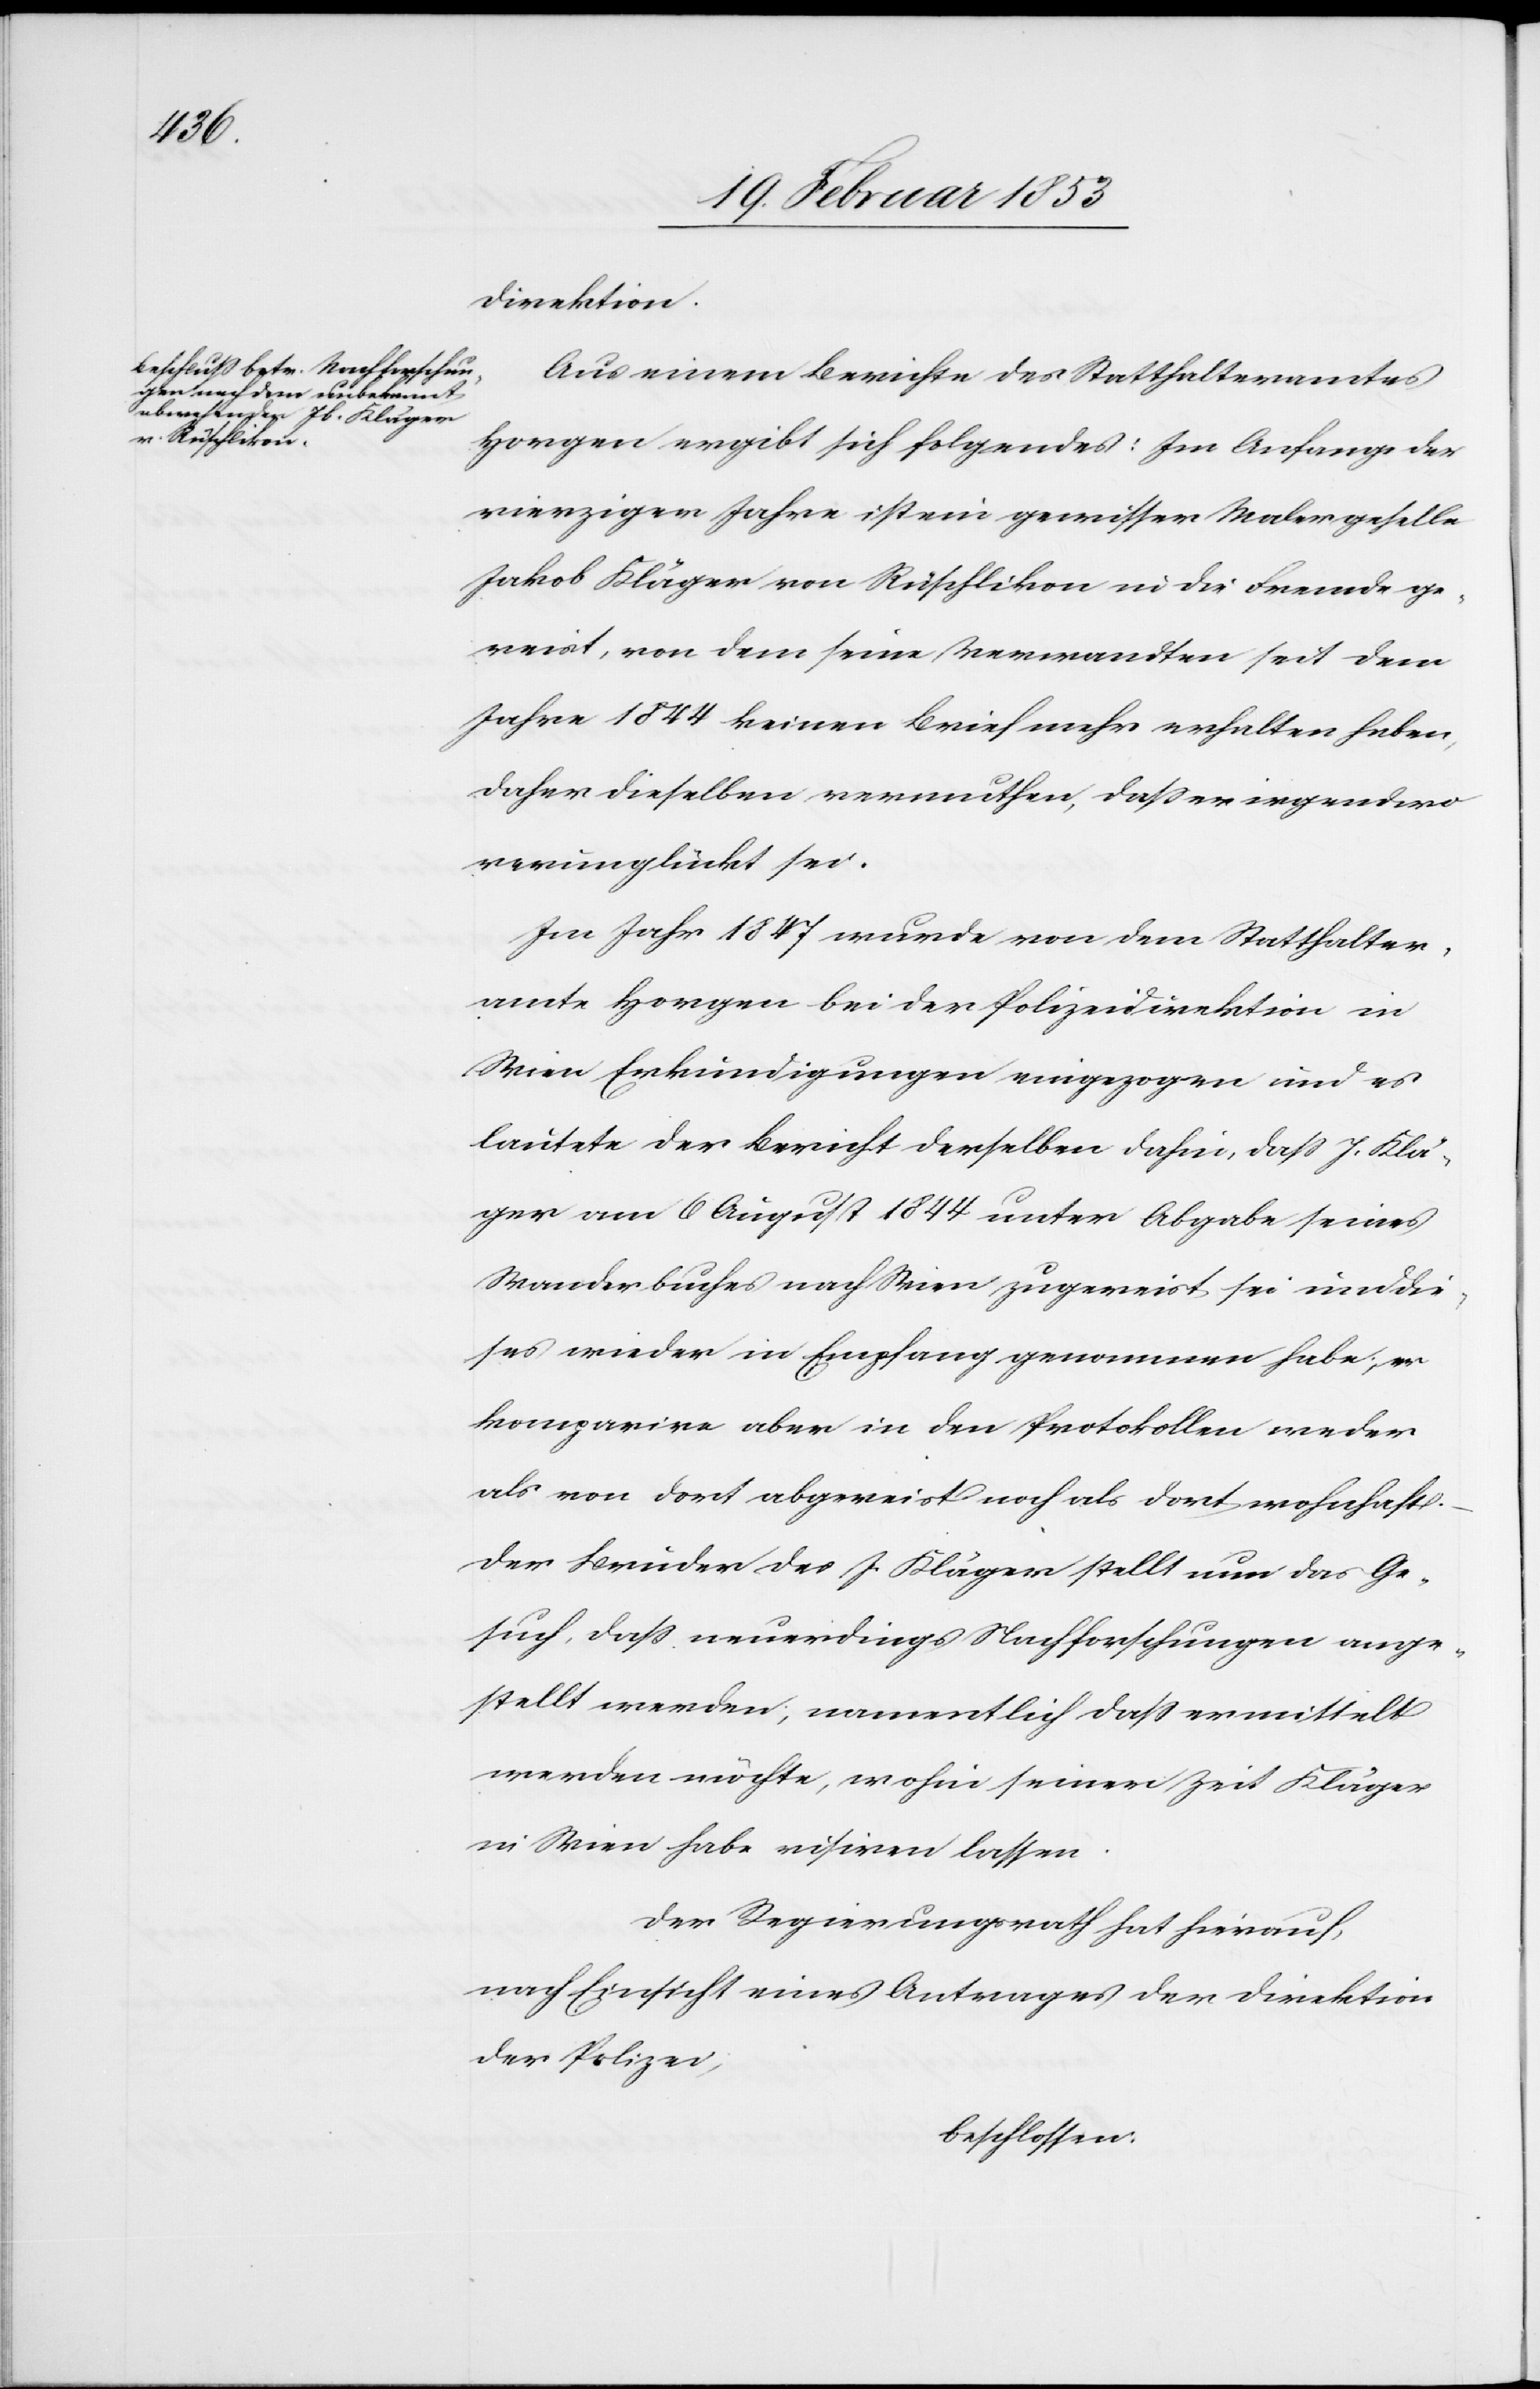
direktion.
Aus einem Berichte des Statthalteramtes
Horgen ergibt sich folgendes: Im Anfange der
vierziger Jahre ist ein gewisser Malergeselle
Jakob Kläger von Rüschlikon in die Fremde ge¬
reist, von dem seine Verwandten seit dem
Jahre 1844 keinen Brief mehr erhalten haben,
daher dieselben vermuthen, daß er irgendwo
verunglückt sei.
Im Jahre 1847 wurde von dem Statthalter¬
amte Horgen bei der Polizeidirektion in
Wien Erkundigungen eingezogen und es
lautete der Bericht derselben dahin, daß J. Klä¬
ger am 6 August 1844 unter Abgabe seines
Wanderbuches nach Wien zugereist sei und die¬
ses wieder in Empfang genommen habe, er
komparire aber in den Protokollen weder
als von dort abgereist noch als dort wohnhaft.
Der Bruder des J. Kläger stellt nun das Ge¬
such, daß neuerdings Nachforschungen ange¬
stellt werden, namentlich daß vermittelt
werden möchte, wohin seiner Zeit Kläger
in Wien habe visiren lassen.
Der Regierungsrath hat hierauf,
nach Einsicht eines Antrages der Direktion
der Polizei,
beschlossen: